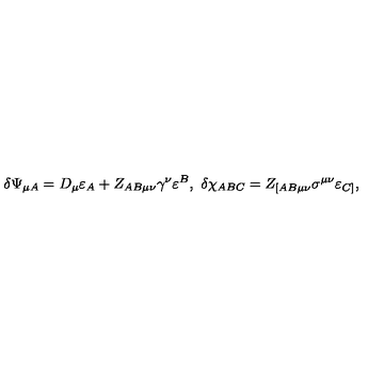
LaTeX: \delta \Psi _ { \mu A } = D _ { \mu } \varepsilon _ { A } + Z _ { A B \mu \nu } \gamma ^ { \nu } \varepsilon ^ { B } , \ \delta \chi _ { A B C } = Z _ { [ A B \mu \nu } \sigma ^ { \mu \nu } \varepsilon _ { C ] } ,